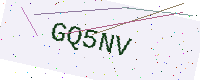
Text: GQ5NV